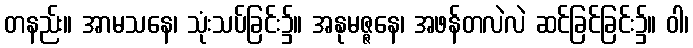
တနည်း။ အာမသနေ၊ သုံးသပ်ခြင်း၌။ အနုမဇ္ဇနေ၊ အဖန်တလဲလဲ ဆင်ခြင်ခြင်း၌။ ဝါ၊